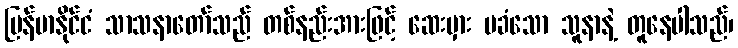
မြန်မာနိုင်ငံ သာသနာတော်သည် တစ်နည်းအားဖြင့် ဆေးမှား မခံသော သူနာနဲ့ တူနေပါသည်၊